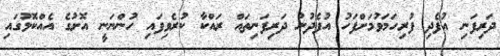
ދަރިފަނި އުފެދި ފުރިހަމަވުމަށްފަހު އުފެދުނު ދަރިފަނިތައް ރައްކާ ކުރެވިފައި ހުންނަނީ އޮށުގެ އެއްކޮޅުގައި